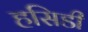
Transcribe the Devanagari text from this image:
हसिडी